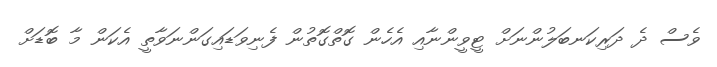
ވެސް ދެ ދަރިކަނބަލުންނަށް ޓީވީންނާއި އެހެން ގޮތްގޮތުން ފެނިވަޑައިގަންނަވާތީ އެކަން މާ ބޮޑަށް